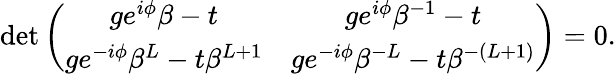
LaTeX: \begin{array}{r}{\operatorname*{det}\left(\begin{array}{cc}{ge^{i\phi}\beta-t}&{ge^{i\phi}\beta^{-1}-t}\\ {ge^{-i\phi}\beta^{L}-t\beta^{L+1}}&{ge^{-i\phi}\beta^{-L}-t\beta^{-(L+1)}}\end{array}\right)=0.}\end{array}